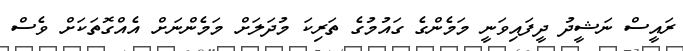
ރައީސް ނަޝީދު ދީފައިވަނީ މަމެންގެ ގައުމުގެ ތަރިކަ މުދަލަށް މަމެންނަށް އެއްގޮތަކަށް ވެސް